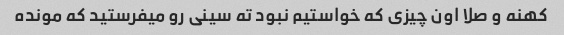
کهنه و صلا اون چیزی که خواستیم نبود ته سینی رو میفرستید که مونده